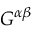
G ^ { \alpha \beta }